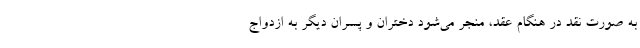
به صورت نقد در هنگام عقد، منجر می‌شود دختران و پسران دیگر به ازدواج